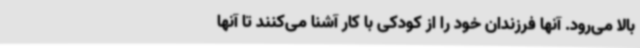
بالا می‌رود. آنها فرزندان خود را از کودکی با کار آشنا می‌کنند تا آنها